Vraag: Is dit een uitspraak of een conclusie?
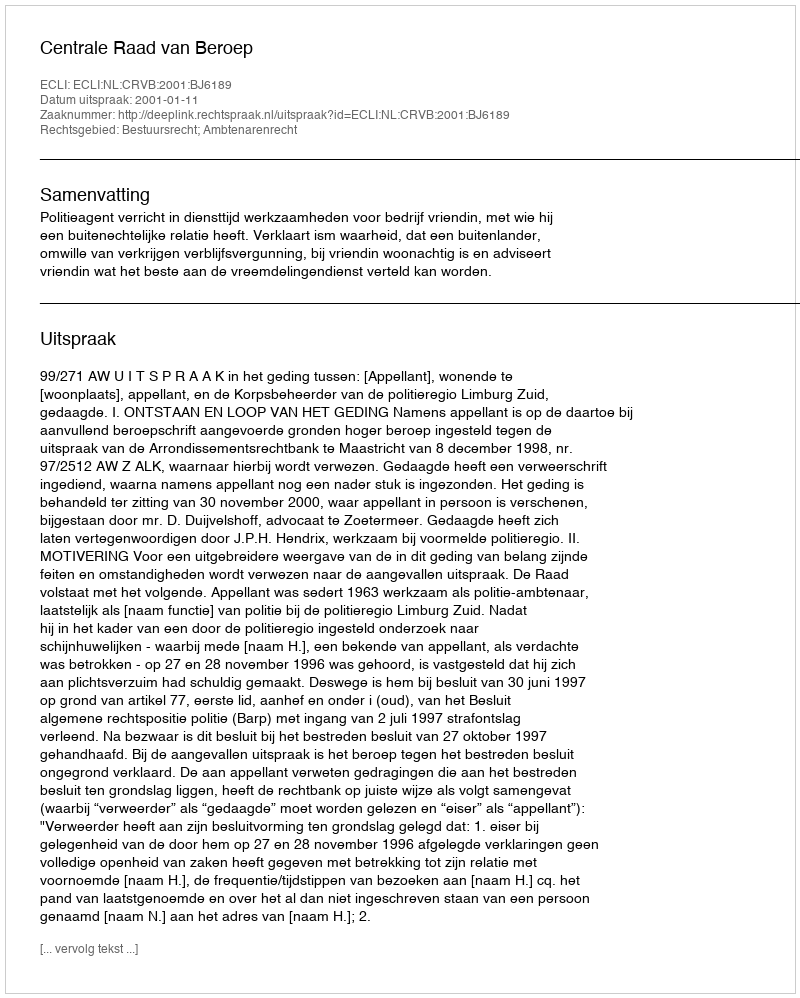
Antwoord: Uitspraak